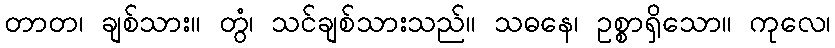
တာတ၊ ချစ်သား။ တွံ၊ သင်ချစ်သားသည်။ သဓနေ၊ ဥစ္စာရှိသော။ ကုလေ၊